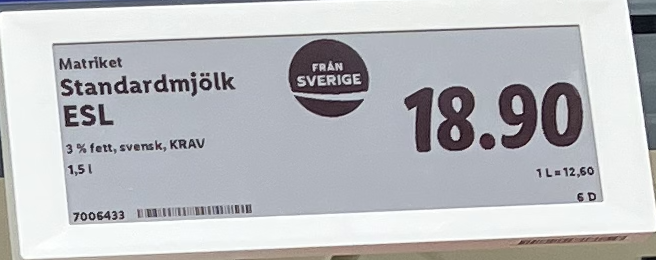
Vara: Standardmjölk ESL
Genomsnittspris: 12.6 per L